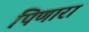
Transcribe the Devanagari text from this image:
पिणारा